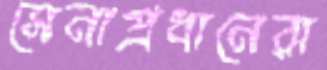
সেনাপ্রধানেরা